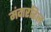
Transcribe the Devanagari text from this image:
मंदारहिल